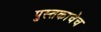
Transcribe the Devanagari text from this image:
पुस्तकाचेच